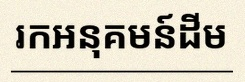
រកអនុគមន៍ដើម